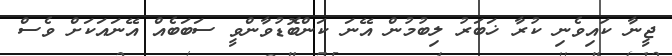
ޖީނާ ކައިވެނި ކުރާ ޚަބަރު ލިބުމުން އޭނަ ކަންބޮޑުވާންވީ ސަބަބެއް އޭނައަކަށް ވެސް